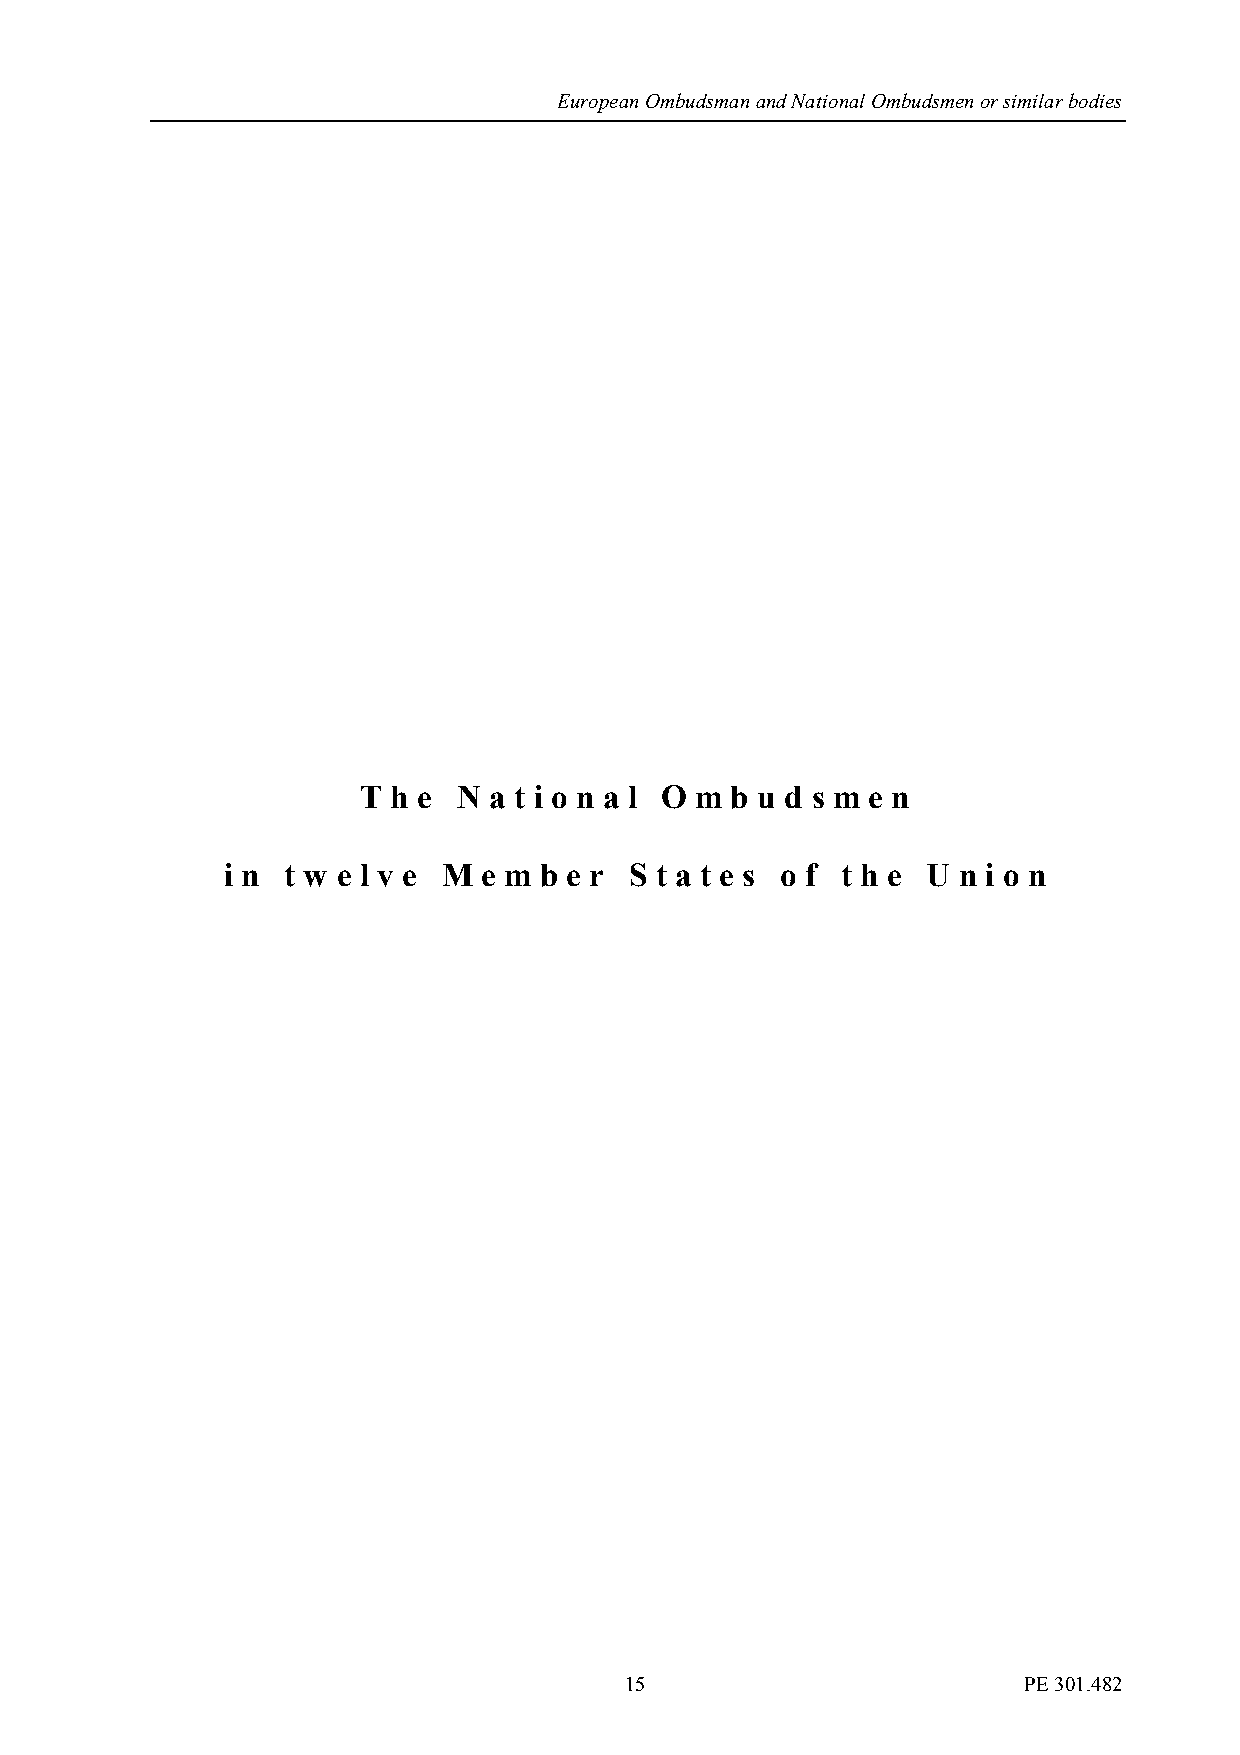
European Ombudsman and National Ombudsmen or similar bodies
 T h e N a t i o n a l O m b u d s m e n
 i n t w e l v e M e m b e r S t a t e s o f t h e U n i o n
 15                         PE 301.482